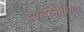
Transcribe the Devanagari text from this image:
इण्डोनीशिया